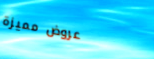
عروض مميزة